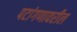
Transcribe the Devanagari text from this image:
पटांगणावरील